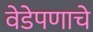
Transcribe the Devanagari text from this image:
वेडेपणाचे